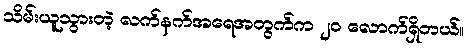
သိမ်းယူသွားတဲ့ လက်နက်အရေအတွက်က ၂၀ လောက်ရှိတယ်။